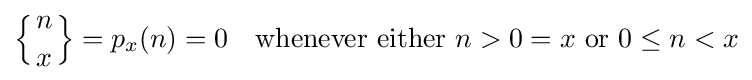
\left\{{n \atop x}\right\}=p_{x}(n)=0\quad {\hbox{whenever either }}n>0=x{\hbox{ or }}0\leq n<x